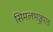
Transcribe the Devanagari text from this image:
सिमलभञ्ज्याङ